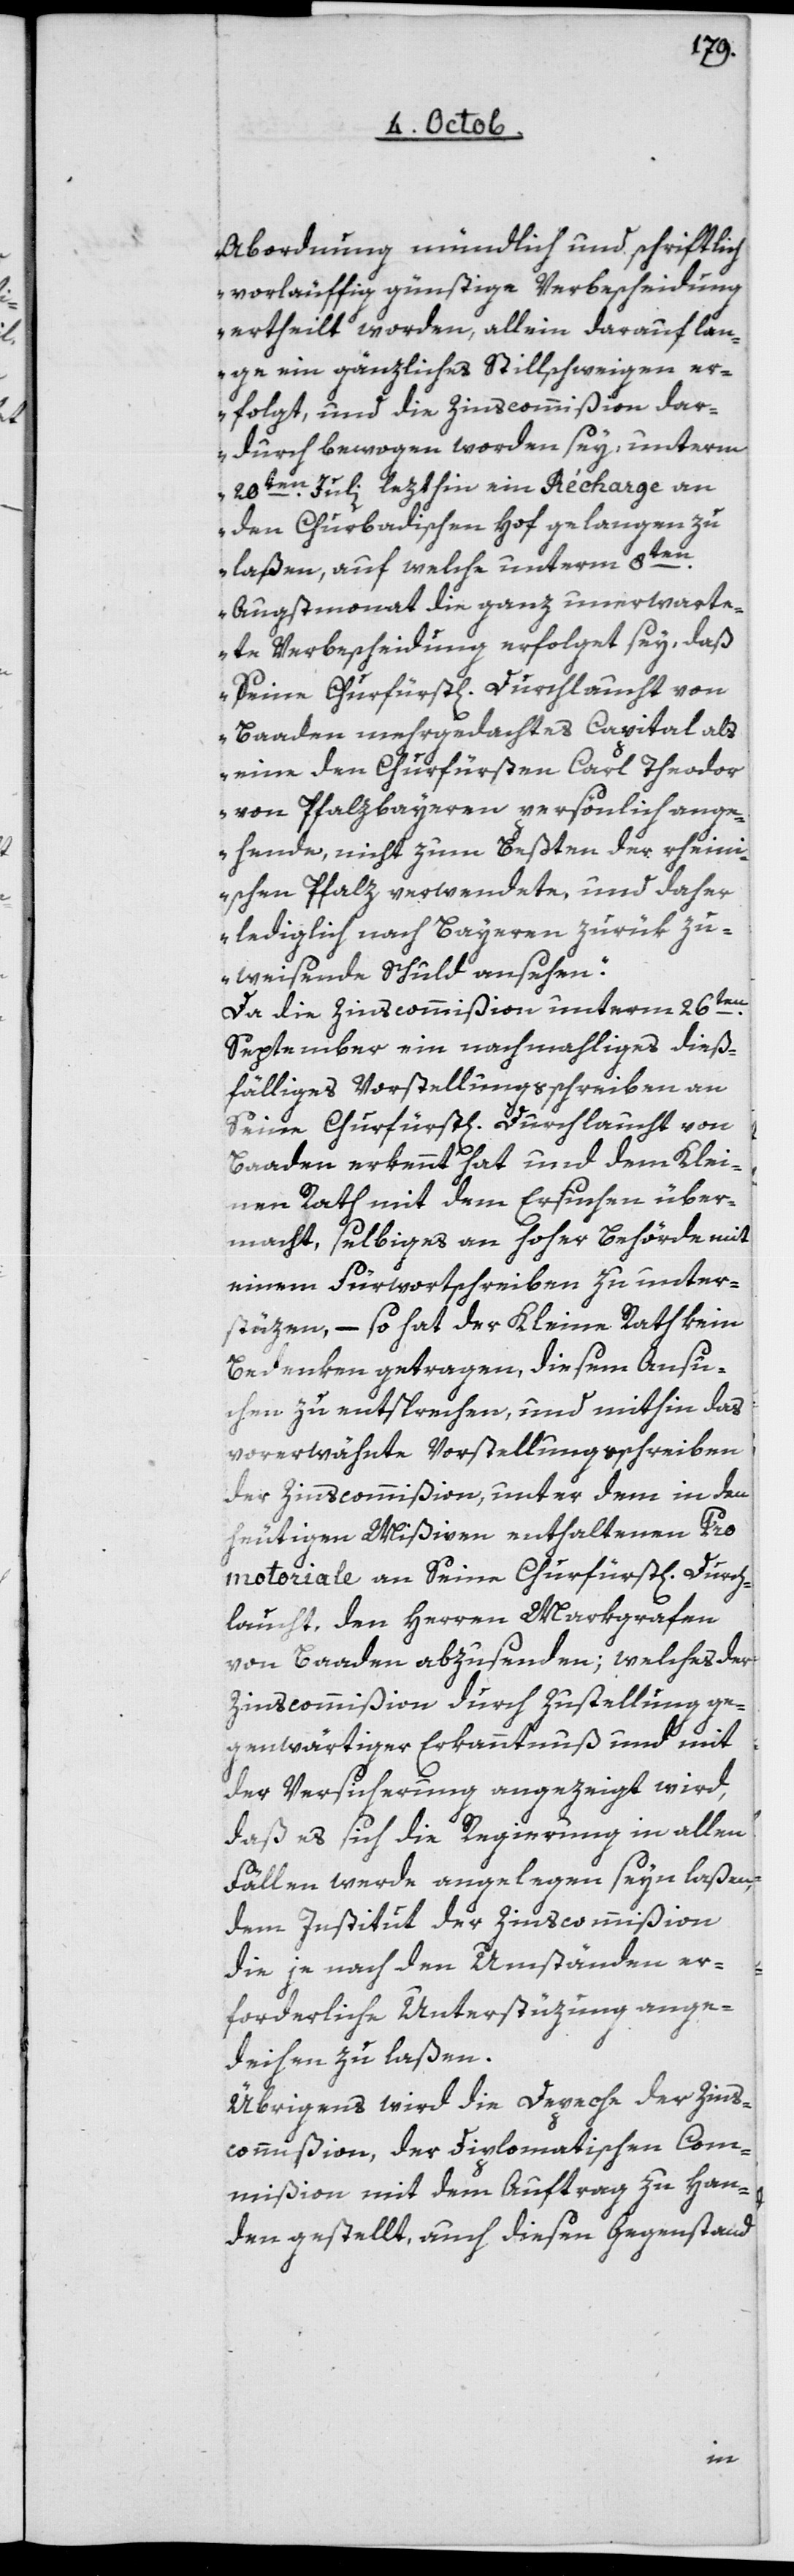
Abordnung mündlich und schriftlich
vorläufig günstige Verbscheidung
ertheilt worden, allein darauf lan¬
ge ein gänzliches Stillschweigen er¬
folgt, und die Zinscommißion dar¬
durch bewogen worden sey, unterm
20ten Juli lezthin ein Récharge an
den Churbadischen Hof gelangen zu
laßen, auf welche unterm 8ten
Augstmonat die ganz unerwarte¬
te Verbscheidung erfolget sey, daß
seine Churfürstl. Durchlaucht von
Baaden mehrgedachtes Capital als
eine den Churfürsten Carl Theodor
von Pfalzbayern persönlich ange¬
hende, nicht zum Beßten der rheini¬
schen Pfalz verwendete, und daher
lediglich nach Bayeren zurük zu¬
weisende Schuld ansehen“.
Da die Zinscommißion unterm 26ten
September ein nachmahliges dieß¬
fälliges Vorstellungsschreiben an
seine Churfürstl. Durchlaucht von
Baaden erkennt hat und dem Klei¬
nen Rath mit dem Ersuchen über¬
macht, selbiges an hoher Behörde mit
einem Fürwortschreiben zu unter¬
stüzen, so hat der Kleine Rath kein
Bedenken getragen, diesem Ansu¬
chen zu entsprechen, und mithin das
vorerwähnte Vorstellungsschreiben
der Zinscommißion, unter dem in den
heutigen Mißiven enthaltenen Pro¬
motoriale an Seine Churfüstl. Durch¬
laucht, den Herren Markgrafen
von Baaden abzusenden, welches der
Zinscommißion durch Zustellung ge¬
genwärtiger Erkanntnuß und mit
der Versicherung angezeigt wird,
daß es sich die Regierung in allen
Fällen werde angelegen seyn laßen,
dem Institut der Zinscommißion
die je nach den Umständen er¬
forderliche Unterstützung ange¬
deihen zu laßen.
Übrigens wird die Depeche der Zins¬
commißion der diplomatischen Com¬
mißion mit dem Auftrag zu Han¬
den gestellt, auch diesen Gegenstand